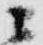
ニ